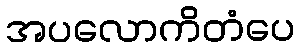
အပလောကိတံပေ